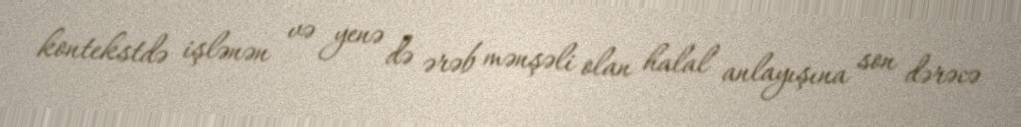
kontekstdə işlənən və yenə də ərəb mənşəli olan halal anlayışına son dərəcə